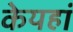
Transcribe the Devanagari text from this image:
केयहां